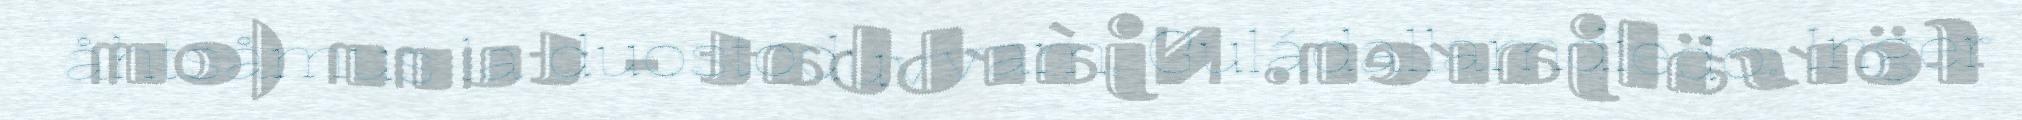
åhtsåmus la duostoduvvam. Guládallamdiedo: Inger